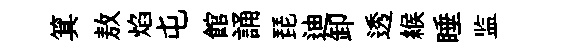
箕敖焰屯館誦琵迪卸透緱睡监